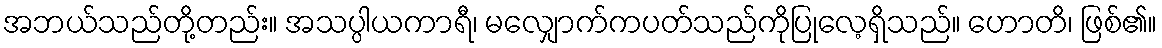
အဘယ်သည်တို့တည်း။ အသပ္ပါယကာရီ၊ မလျှောက်ကပတ်သည်ကိုပြုလေ့ရှိသည်။ ဟောတိ၊ ဖြစ်၏။